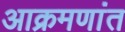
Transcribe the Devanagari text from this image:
आक्रमणांत